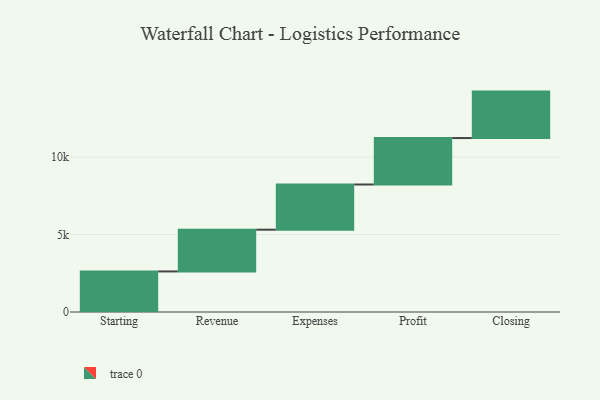
{"axis": {"x": "Step", "y": "Value"}, "legend": [""], "data": [{"x": "Starting", "y": 2620.0, "type": ""}, {"x": "Revenue", "y": 2695.0, "type": ""}, {"x": "Expenses", "y": 2919.0, "type": ""}, {"x": "Profit", "y": 3000, "type": ""}, {"x": "Closing", "y": 3000, "type": ""}]}